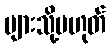
များသို့မဟုတ်